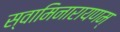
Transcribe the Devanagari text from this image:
स्वामिनारायणम्